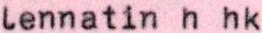
lennatin h hk